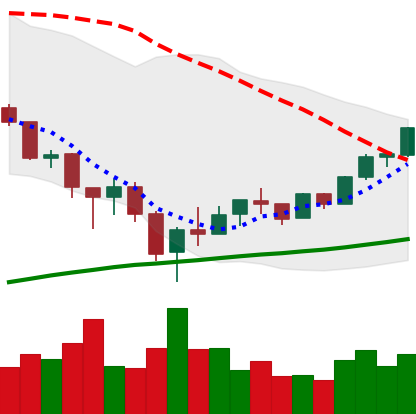
Ticker: BTC-USD
Chart end date: 2018-02-17
Forward return: -9.968%
Label: down_7plus